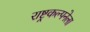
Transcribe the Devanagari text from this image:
राष्ट्रकल्पनेला